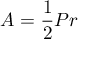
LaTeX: A = { \frac { 1 } { 2 } } P r